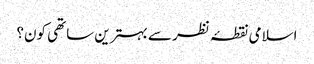
اسلامی نقطۂ نظر سے بہترین ساتھی کون؟